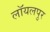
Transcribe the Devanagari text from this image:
लॉयलपुर